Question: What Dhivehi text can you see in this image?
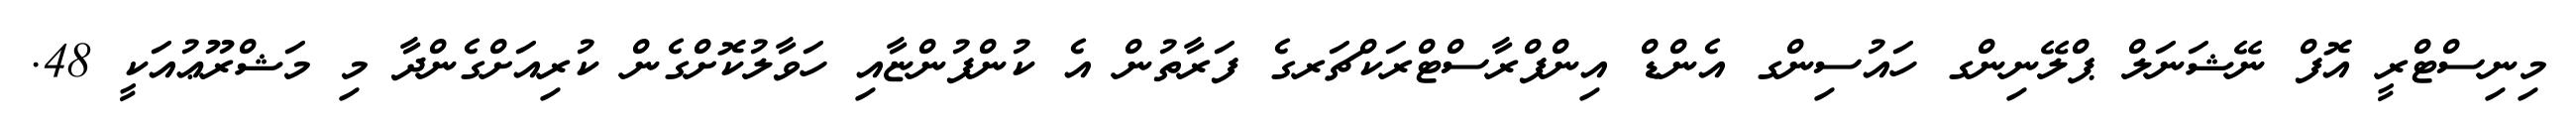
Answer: މިނިސްޓްރީ އޮފް ނޭޝަނަލް ޕްލޭނިންގ ހައުސިންގ އެންޑް އިންފްރާސްޓްރަކްޗަރގެ ފަރާތުން އެ ކުންފުންޏާއި ހަވާލުކޮށްގެން ކުރިއަށްގެންދާ މި މަޝްރޫޢުއަކީ 48.